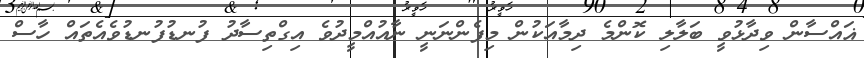
ޣައްސާން ވިދާޅުވީ ބަލާލި ކޮންމެ ދިމާއަކުން މިފެންނަނީ ނާއުއްމީދުވެ އިގްތިސާދު ފުނޑުފުނޑުވެއެތައް ހާސް